65_HS1-834228961_62-HQ-83894_Section_8
Agency: FBI
Page 55
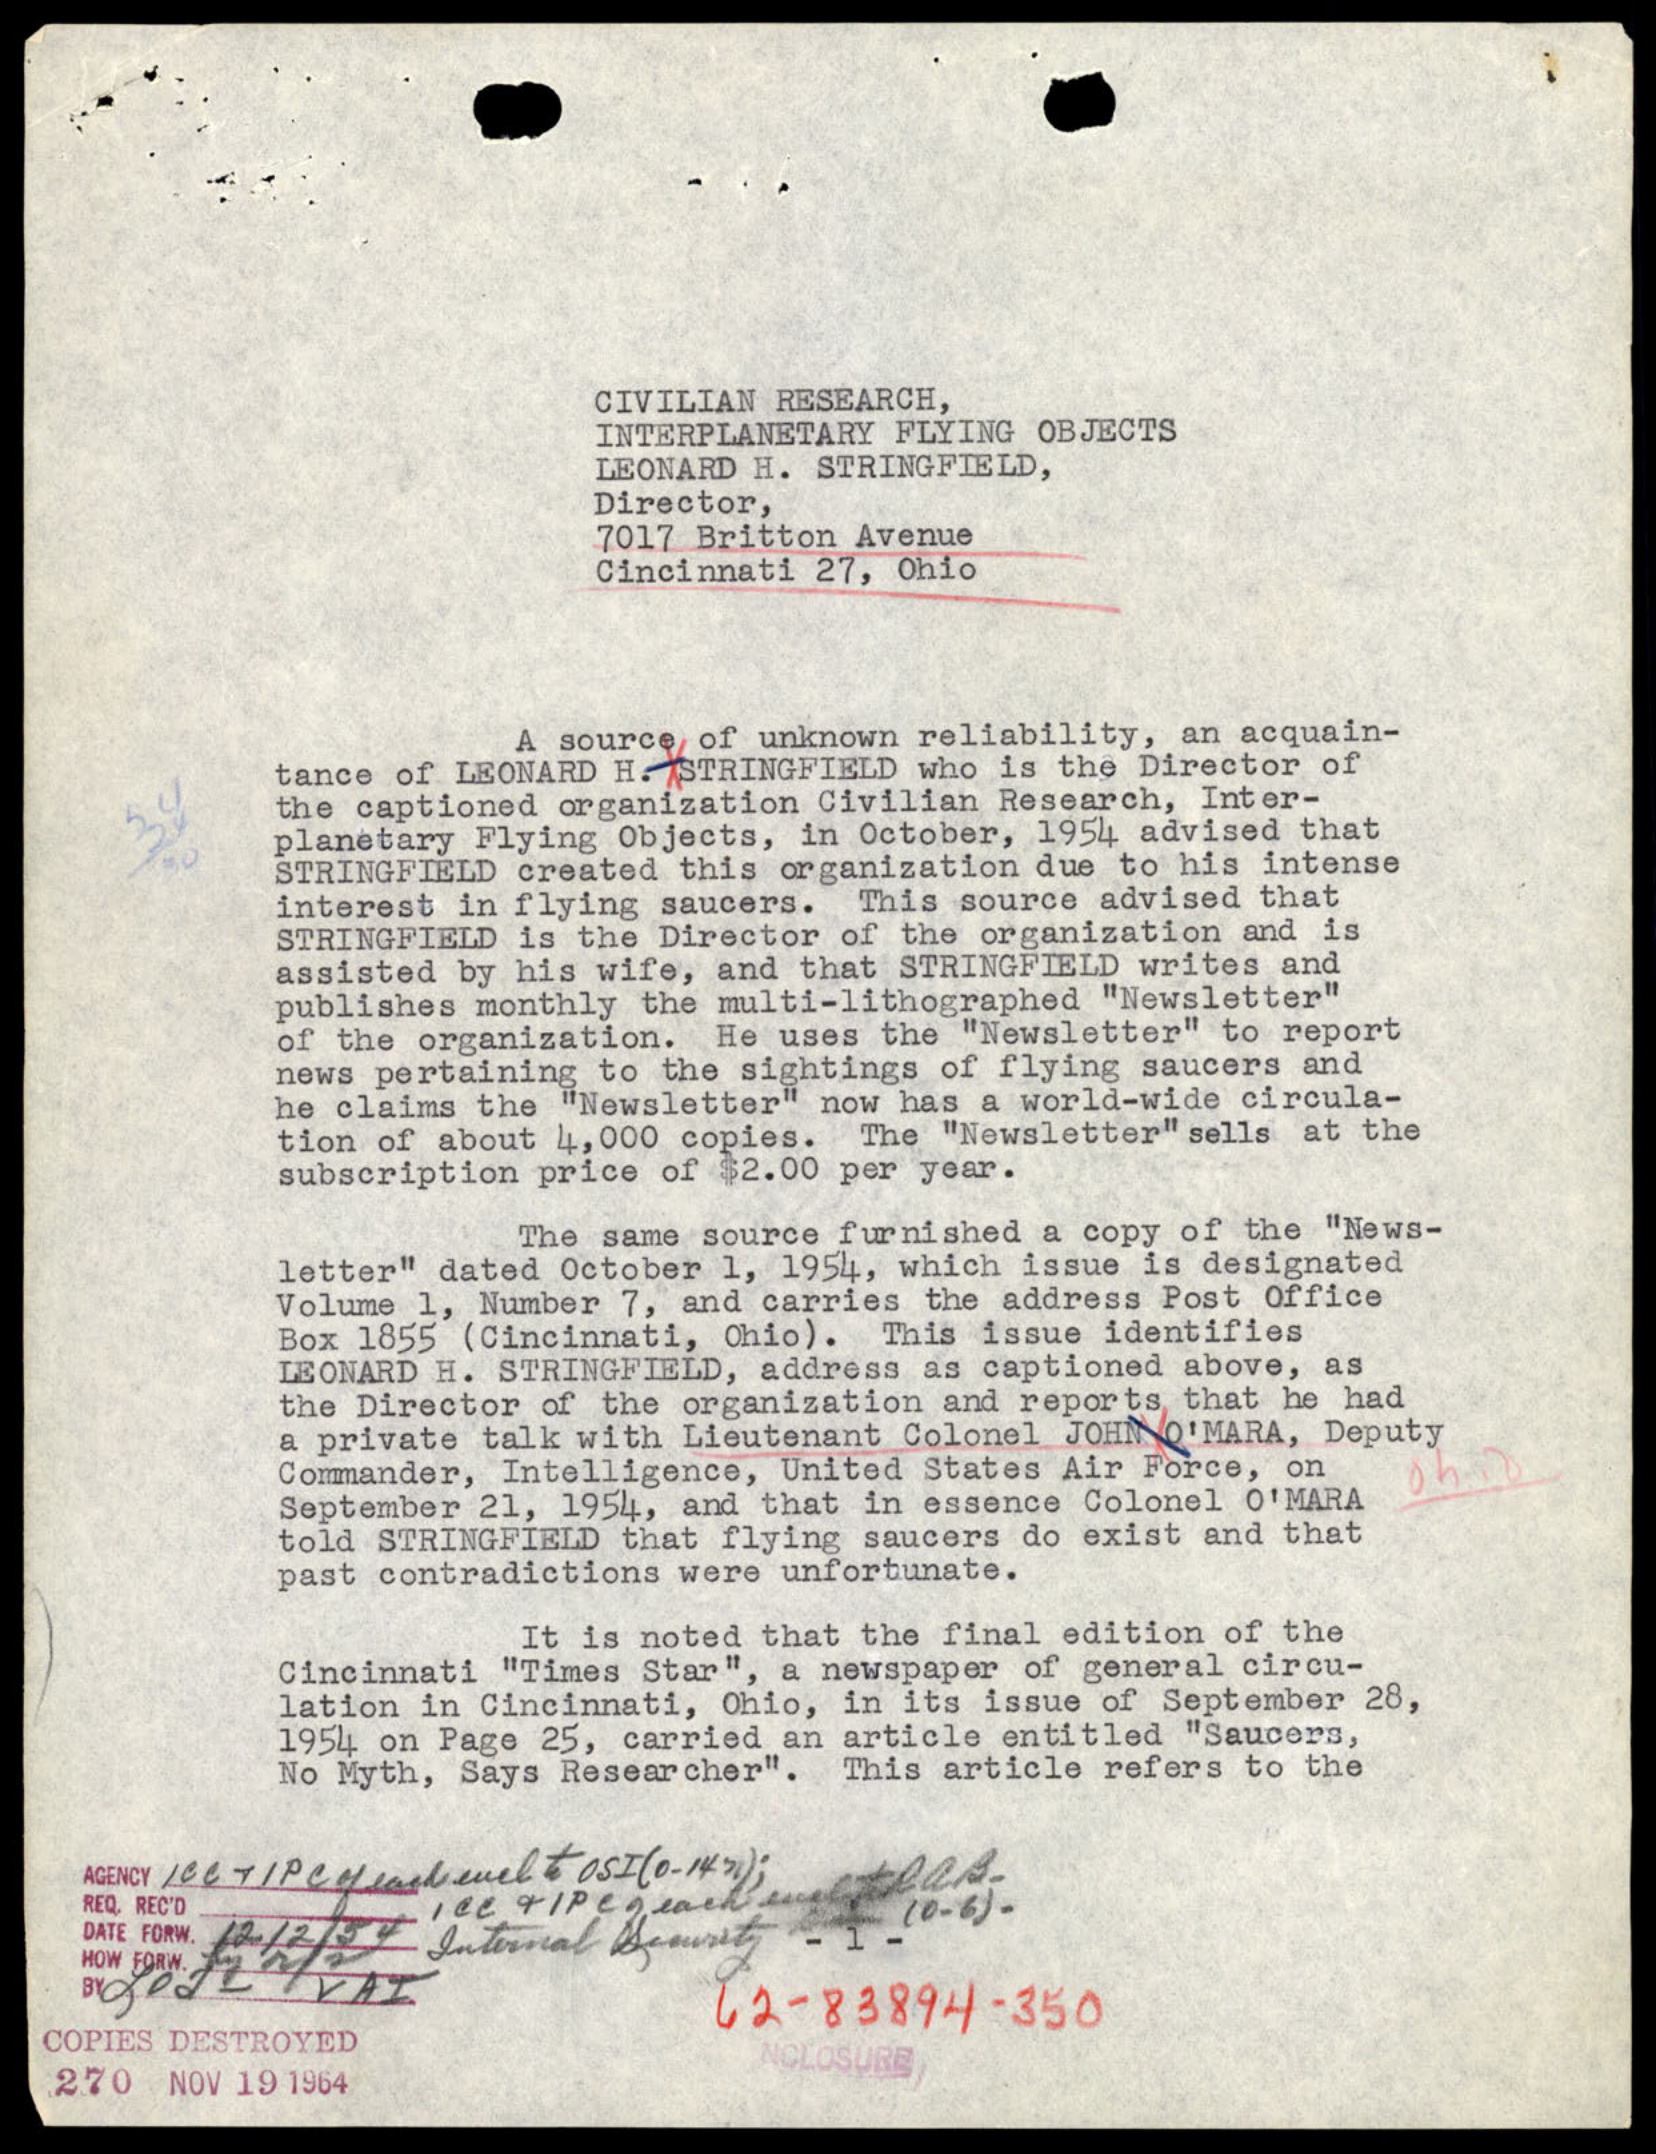